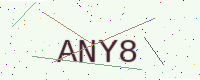
Text: ANY8